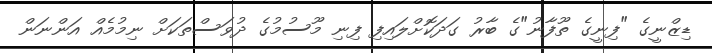
ޑިޒްނީގެ "ފިނީގެ ތޫފާނު"ގެ ބާރު ގަދަކޮށްލައިފި ފިނި މޫސުމުގެ ދުވަސްތަކަށް ނިމުމެއް އަންނަން